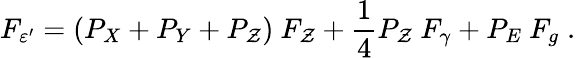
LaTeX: F_{\varepsilon^{\prime}}=(P_{X}+P_{Y}+P_{\mathcal{Z}})~F_{\mathcal{Z}}+{\frac{{1}}{{4}}}P_{\mathcal{Z}}~F_{\gamma}+P_{E}~F_{g}\; .